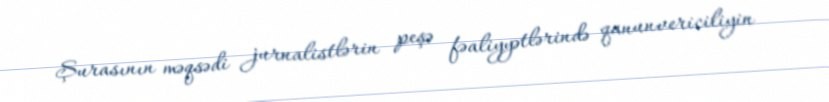
Şurasının məqsədi jurnalistlərin peşə fəaliyyətlərində qanunvericiliyin